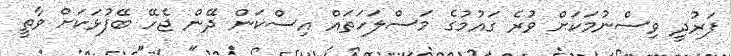
ފަރުދީ ވިސްނުމަކަށް ވުރެ ގައުމުގެ މަސްލަހަތައް އިސްކަން ދޭން ޖެހޭ ބޭފުޅަކަށް ވާތީ